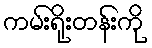
ကမ်းရိုးတန်းကို